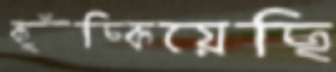
কুঁচ্‌কিয়েছি